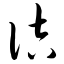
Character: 诘